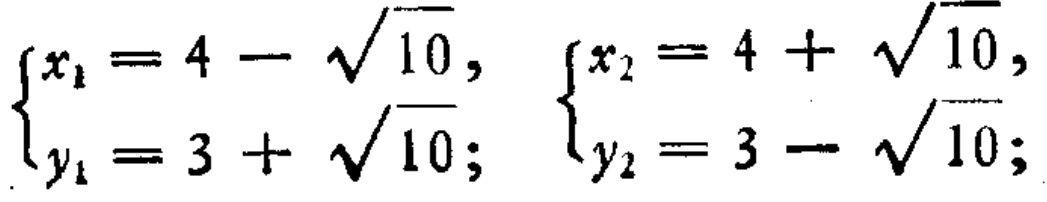
\(\begin{cases}x_{1}=4 - \sqrt{10}, \\y_{1}=3 + \sqrt{10};\end{cases}\) \(\begin{cases}x_{2}=4 + \sqrt{10}, \\y_{2}=3 - \sqrt{10};\end{cases}\)